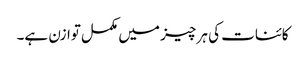
کائنات کی ہر چیز میں مکمل توازن ہے۔